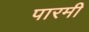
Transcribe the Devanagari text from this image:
पारमी